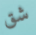
شق